Leaving Certificate Examination (including Day School Certificate (Higher) General paper), 1938
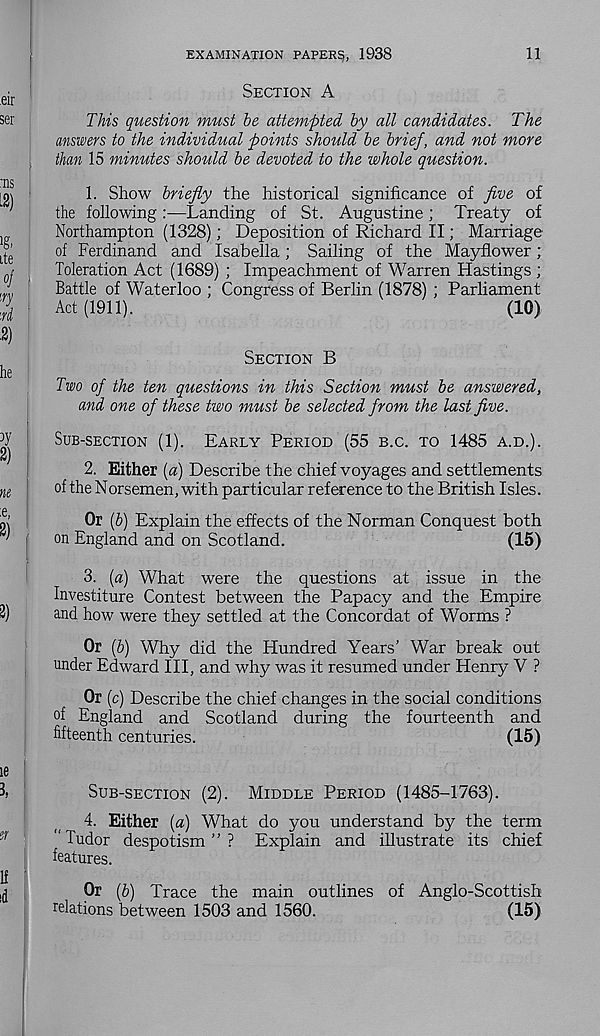
EXAMINATION PAPERS, 1938
SECTION A
11
This question must he attempted hy all candidates. The
answers to the individual points should be brief, and not more
than 15 minutes should be devoted to the whole question.
1. Show briefly the historical significance of five of
the following :—Landing of St. Augustine ; Treaty of
Northampton (1328); Deposition of Richard II; Marriage
of Ferdinand and Isabella; Sailing of the Mayflower;
Toleration Act (1689) ; Impeachment of Warren Hastings ;
Battle of Waterloo ; Congress of Berlin (1878) ; Parliament
Act (1911).
(10)
SECTION B
Two of the ten questions in this Section must be answered,
and one of these two must be selected from the last five.
SUB-SECTION (1). EARLY PERIOD (55 B.C. TO 1485 A.D.).
2. Either (a) Describe the chief voyages and settlements
of the Norsemen, with particular reference to the British Isles.
Or (b) Explain the effects of the Norman Conquest both
f on England and on Scotland.
(15)
3. (a) What were the questions at issue in the
Investiture Contest between the Papacy and the Empire
and how were they settled at the Concordat of Worms ?
Or (b) Why did the Hundred Years’ War break out
under Edward III, and why was it resumed under Henry V ?
Or (c) Describe the chief changes in the social conditions
of England and Scotland during the fourteenth and
fifteenth centuries.
(15)
SUB-SECTION (2). MIDDLE PERIOD (1485-1763).
4.
Either (a) What do you understan
“Tudor despotism”? Explain and illustrate its chief
features.
Or (b) Trace the main outlines of Anglo-Scottish
relations between 1503 and 1560.
(15)